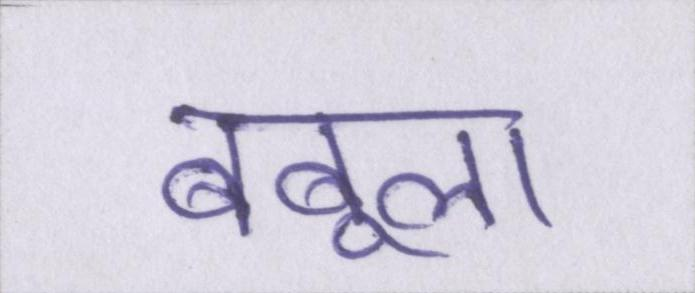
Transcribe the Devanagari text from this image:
बबूला